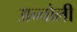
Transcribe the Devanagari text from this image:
अन्चोली